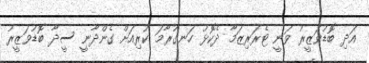
އަދި ބޮޑުވަޒީރު ވަނީ ޓެރަރިޒަމާ ދެކޮޅު ހަނގުރާމަ ކުރިއަށް ގެންދާނީ ސީދާ ބޮޑުވަޒީރު